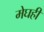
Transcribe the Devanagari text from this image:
मेघही